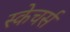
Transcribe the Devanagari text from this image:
स्केचर्स